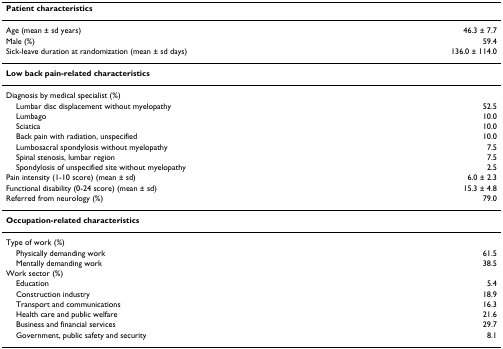
<table><thead><tr><td><b>Patient characteristics</b></td><td></td></tr></thead><tbody><tr><td>Age (mean ± sd years)</td><td>46.3 ± 7.7</td></tr><tr><td>Male (%)</td><td>59.4</td></tr><tr><td>Sick-leave duration at randomization (mean ± sd days)</td><td>136.0 ± 114.0</td></tr><tr><td><b>Low back pain-related characteristics</b></td><td></td></tr><tr><td>Diagnosis by medical specialist (%)</td><td></td></tr><tr><td> Lumbar disc displacement without myelopathy</td><td>52.5</td></tr><tr><td> Lumbago</td><td>10.0</td></tr><tr><td> Sciatica</td><td>10.0</td></tr><tr><td> Back pain with radiation, unspecified</td><td>10.0</td></tr><tr><td> Lumbosacral spondylosis without myelopathy</td><td>7.5</td></tr><tr><td> Spinal stenosis, lumbar region</td><td>7.5</td></tr><tr><td> Spondylosis of unspecified site without myelopathy</td><td>2.5</td></tr><tr><td>Pain intensity (1-10 score) (mean ± sd)</td><td>6.0 ± 2.3</td></tr><tr><td>Functional disability (0-24 score) (mean ± sd)</td><td>15.3 ± 4.8</td></tr><tr><td>Referred from neurology (%)</td><td>79.0</td></tr><tr><td><b>Occupation-related characteristics</b></td><td></td></tr><tr><td>Type of work (%)</td><td></td></tr><tr><td> Physically demanding work</td><td>61.5</td></tr><tr><td> Mentally demanding work</td><td>38.5</td></tr><tr><td>Work sector (%)</td><td></td></tr><tr><td> Education</td><td>5.4</td></tr><tr><td> Construction industry</td><td>18.9</td></tr><tr><td> Transport and communications</td><td>16.3</td></tr><tr><td> Health care and public welfare</td><td>21.6</td></tr><tr><td> Business and financial services</td><td>29.7</td></tr><tr><td> Government, public safety and security</td><td>8.1</td></tr></tbody></table>